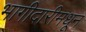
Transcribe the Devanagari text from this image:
भागीदारीमधून